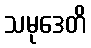
သမုဒေတိ